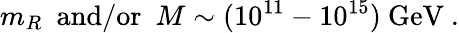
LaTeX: m_{R}~~\mathrm{and/or}~~M\sim(10^{11}-10^{15})~\mathrm{GeV}~.